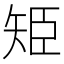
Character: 𮀁